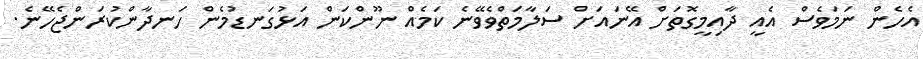
އެހެން ނަމަވެސް އެއީ ދާއިމީގޮތަށް އޭނައަށް ސަލާމަތްވެވޭނެ ކަމެއް ނޫންކަން އަޅުގަނޑުމެން ހަނދާންކުރަންޖެހޭނެ.